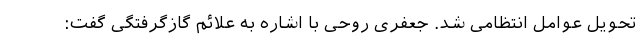
تحویل عوامل انتظامی شد. جعفری روحی با اشاره به علائم گازگرفتگی گفت: